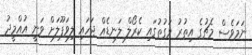
ނަމަވެސް މެޗުގެ އިތުރު ވަގުތުގައި ކެރޯލް ލަނޑެއް ޖަހައި ލިވަޕޫލަށް ވަނީ އުއްމީދު